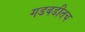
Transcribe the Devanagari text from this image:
गडबडीतच